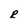
Character: R